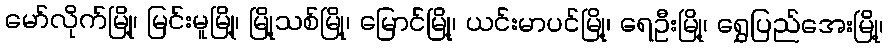
မော်လိုက်မြို့၊ မြင်းမူမြို့၊ မြို့သစ်မြို့၊ မြောင်မြို့၊ ယင်းမာပင်မြို့၊ ရေဦးမြို့၊ ရွှေပြည်အေးမြို့၊